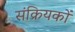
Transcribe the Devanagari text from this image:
संक्रियकों